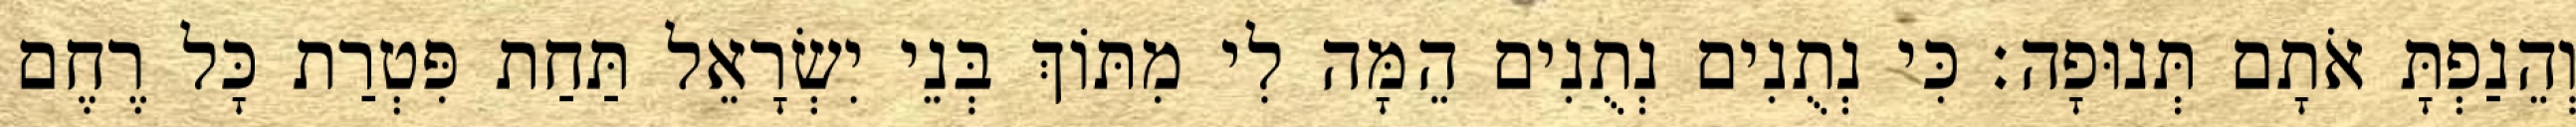
וְהֵנַפְתָּ אֹתָם תְּנוּפָה׃ כִּי נְתֻנִים נְתֻנִים הֵמָּה לִי מִתּוֹךְ בְּנֵי יִשְׂרָאֵל תַּחַת פִּטְרַת כָּל רֶחֶם